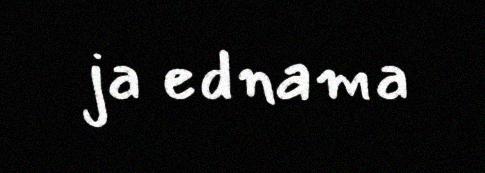
ja ednama